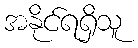
အနိုင်ရရှိသူ